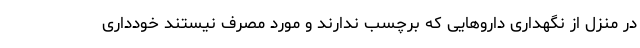
در منزل از نگهداری داروهایی که برچسب ندارند و مورد مصرف نیستند خودداری